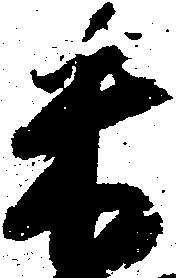
米